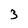
Character: 3